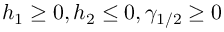
h _ { 1 } \geq 0 , h _ { 2 } \leq 0 , \gamma _ { 1 / 2 } \geq 0